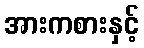
အားကစားနှင့်